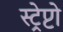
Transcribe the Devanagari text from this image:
स्ट्रेप्टो